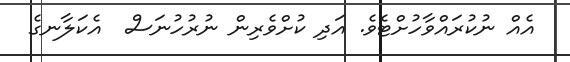
އެއް ނުކުރައްވާހުށްޓެވެ. އަދި ކުށްވެރިން ނުރުހުނަސް  އެކަލާނގެ